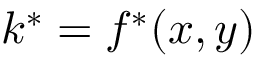
k ^ { * } = f ^ { * } ( x , y )